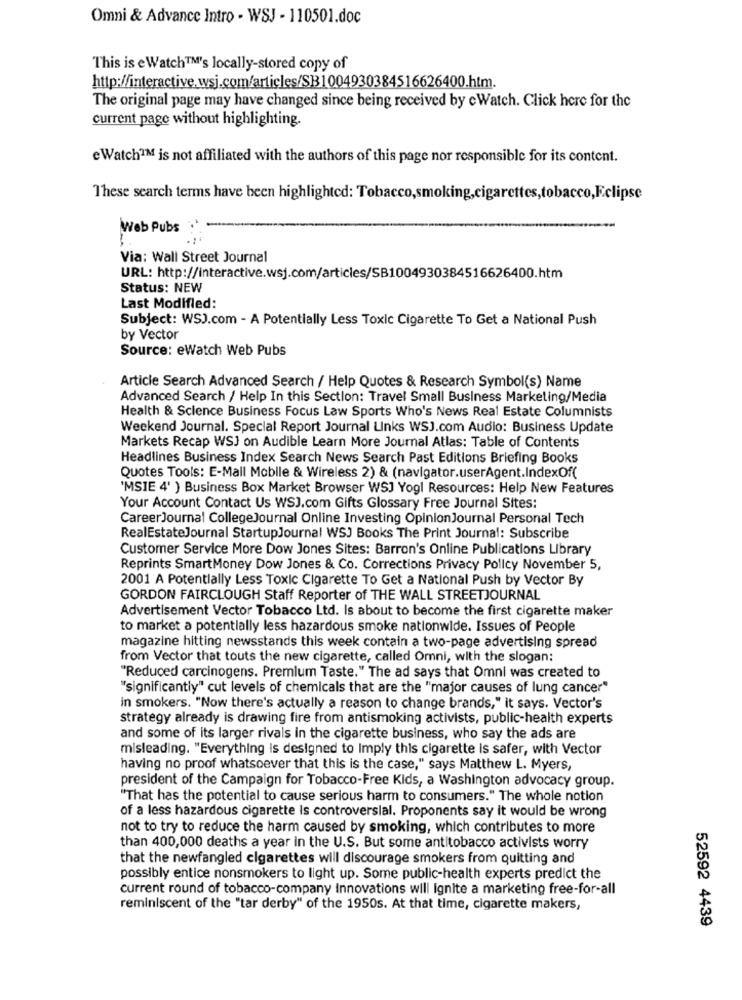
Omni & Advance Intro - WSJ - 110501.doc
This is e Watch™'s locally-stored copy of
http://interactive.wsj.com/articles/SB1004930384516626400.htm.
The original page may have changed since being received by cWatch. Click here for the
current page without highlighting.
e Watch™M is not affiliated with the authors of this page nor responsible for its content.
These search terms have been highlighted: Tobacco,smoking,cigarettes,tobacco,Eclipse
Web Pubs
Via: Wall Street Journal
URL: http://interactive.wsj.com/articles/SB1004930384516626400.htm
Status: NEW
Last Modified:
Subject: WSJ.com - A Potentially Less Toxic Cigarette To Get a National Push
by Vector
Source: eWatch Web Pubs
Article Search Advanced Search / Help Quotes & Research Symbol(s) Name
Advanced Search / Help In this Section: Travel Small Business Marketing/Media
Health & Science Business Focus Law Sports Who's News Real Estate Columnists
Weekend Journal. Special Report Journal Unks WSJ.com Audio: Business Update
Markets Recap WSJ on Audible Learn More Journal Atlas: Table of Contents
Headlines Business Index Search News Search Past Editions Briefing Books
Quotes Tools: E-Mail Mobile & Wireless 2) & (navigator.userAgent.IndexOf(
'MSIE 4' ) Business Box Market Browser WSJ Yogl Resources: Help New Features
Your Account Contact Us WSJ.com Gifts Glossary Free Journal Sites:
CareerJournal CollegeJournal Online Investing OpinionJournal Personal Tech
RealEstateJournal StartupJournal WSJ Books The Print Journal: Subscribe
Customer Service More Dow Jones Sites: Barron's Online Publications Library
Reprints SmartMoney Dow Jones & Co. Corrections Privacy Policy November 5,
2001 A Potentially Less Toxic Cigarette To Get a National Push by Vector By
GORDON FAIRCLOUGH Staff Reporter of THE WALL STREETJOURNAL
Advertisement Vector Tobacco Ltd. Is about to become the first cigarette maker
to market a potentially less hazardous smoke nationwide. Issues of People
magazine hitting newsstands this week contain a two-page advertising spread
from Vector that touts the new cigarette, called Omni, with the slogan:
"Reduced carcinogens. Premium Taste." The ad says that Omni was created to
"significantly" cut levels of chemicals that are the "major causes of lung cancer"
in smokers. "Now there's actually a reason to change brands," it says. Vector's
strategy already is drawing fire from antismoking activists, public-health experts
and some of its larger rivals in the cigarette business, who say the ads are
misleading. "Everything is designed to Imply this cigarette is safer, with Vector
having no proof whatsoever that this is the case," says Matthew L. Myers,
president of the Campaign for Tobacco-Free Kids, a Washington advocacy group.
"That has the potential to cause serious harm to consumers." The whole notion
of a less hazardous cigarette Is controversial. Proponents say it would be wrong
not to try to reduce the harm caused by smoking, which contributes to more
than 400,000 deaths a year in the U.S. But some antitobacco activists worry
that the newfangled cigarettes will discourage smokers from quitting and
possibly entice nonsmokers to light up. Some public-health experts predict the
current round of tobacco-company Innovations will Ignite a marketing free-for-all
reminiscent of the "tar derby" of the 1950s. At that time, cigarette makers,
52592 4439